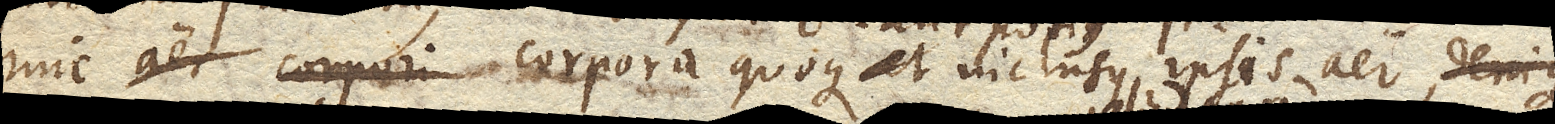
hinc corpora quoque et aut potius inclusus ipsis aer denique denuo